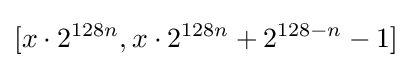
[x\cdot 2^{128n},x\cdot 2^{128n}+2^{128-n}-1]